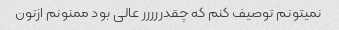
نمیتونم توصیف کنم که چقدررررر عالی بود ممنونم ازتون